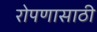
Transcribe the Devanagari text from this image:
रोपणासाठी